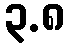
၃.၈